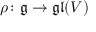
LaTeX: \rho \colon { \mathfrak { g } } \to { \mathfrak { g l } } ( V )